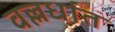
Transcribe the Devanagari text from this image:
वल्लर्धात